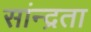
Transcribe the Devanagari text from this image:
सांन्द्रता